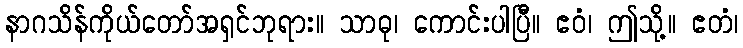
နာဂသိန်ကိုယ်တော်အရှင်ဘုရား။ သာဓု၊ ကောင်းပါပြီ။ ဧဝံ၊ ဤသို့။ ဧတံ၊